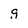
Character: g